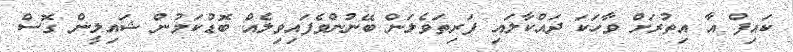
ކައިފް އާ އިތުރަށް ވާހަކަ ދައްކާލައި ފަރިތަވެލަން ބޭނުންވެފައިވިލެއް ބޮޑުކަމުން ޝައިލީން ގޮސް